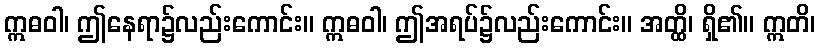
ဣဓဝါ၊ ဤနေရာ၌လည်းကောင်း။ ဣဓဝါ၊ ဤအရပ်၌လည်းကောင်း။ အတ္ထိ၊ ရှိ၏။ ဣတိ၊